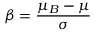
\beta = \frac { \mu _ { B } - \mu } { \sigma }